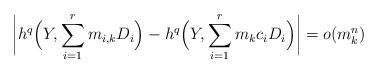
LaTeX: \begin{align*}\biggl| h^q\Bigl(Y,\sum_{i =1}^r m_{i,k} D_i\Bigr) -h^q\Bigl(Y,\sum_{i =1}^r m_kc_i D_i\Bigr)\biggr| = o( m_k^n)\end{align*}